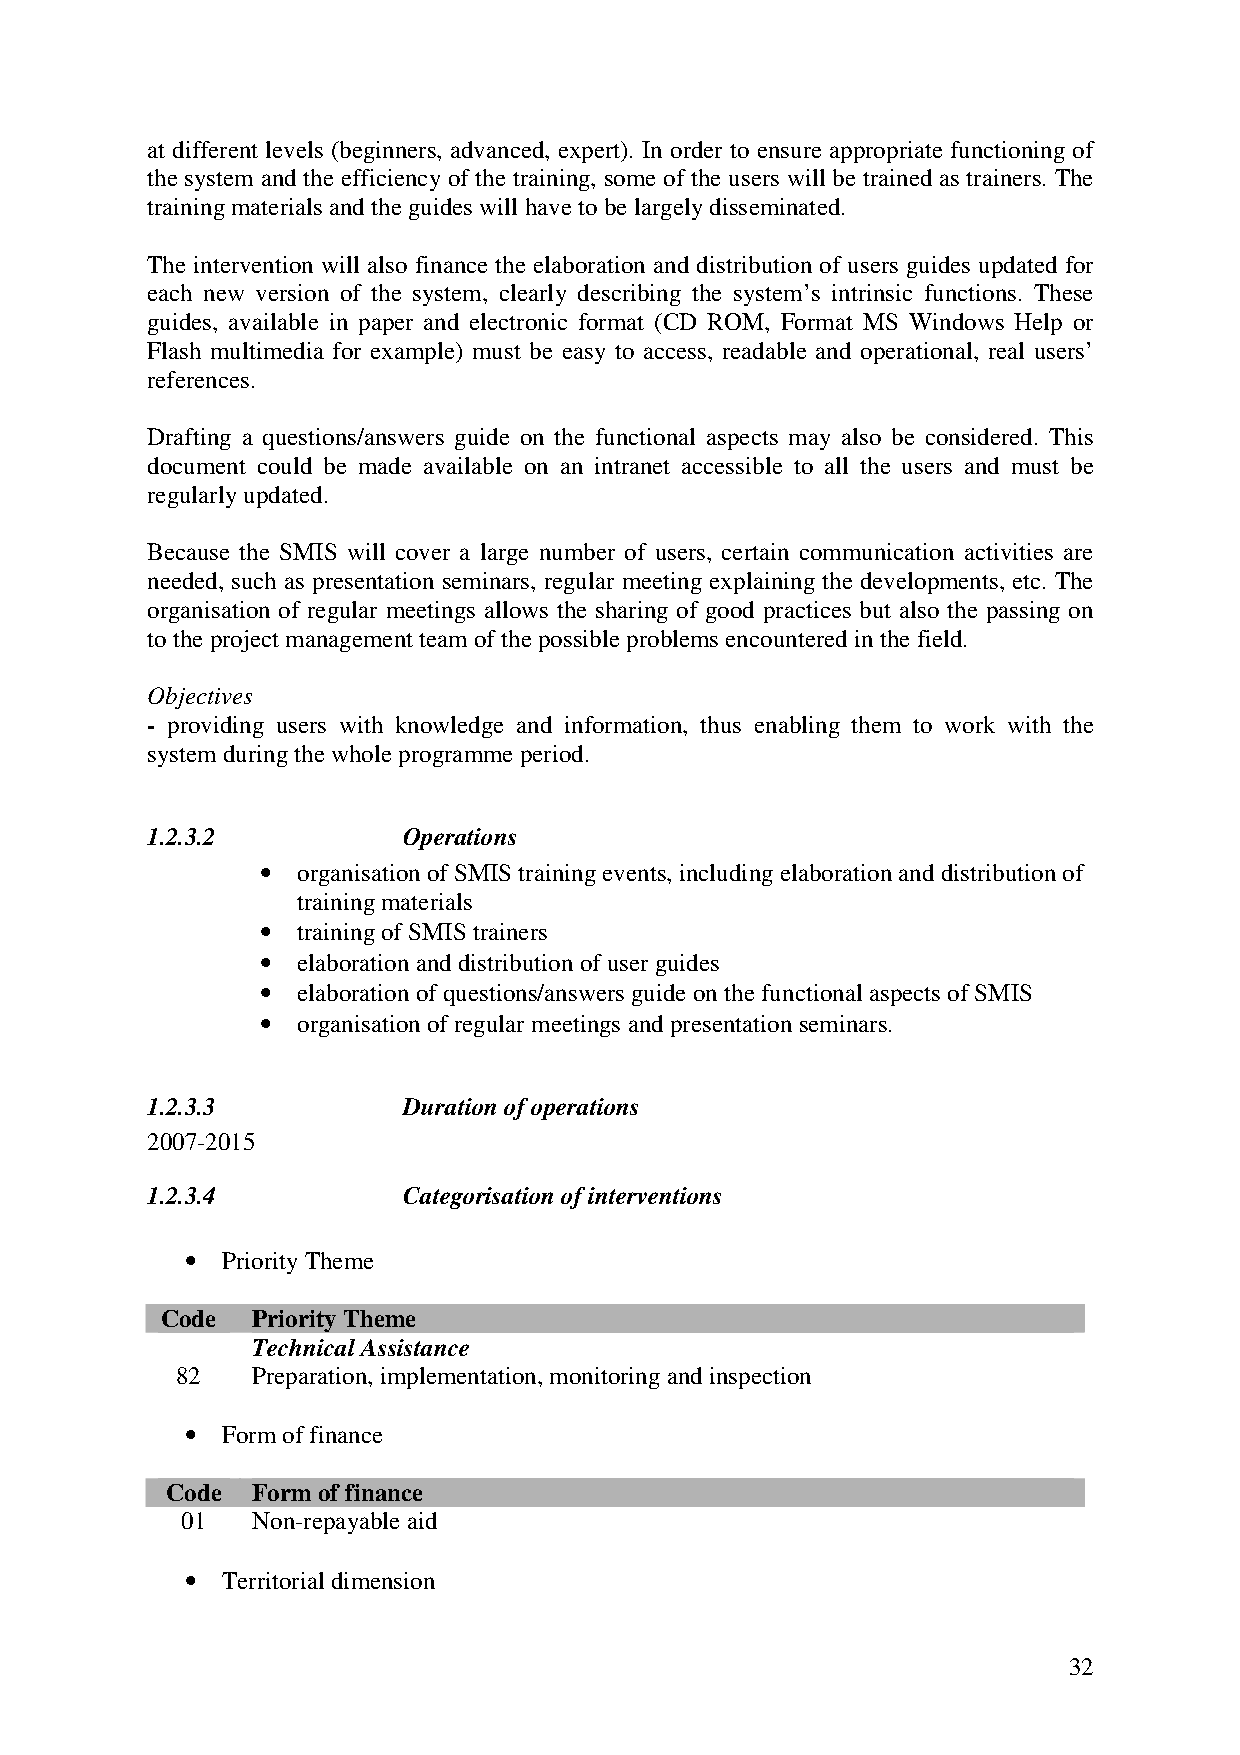
at different levels (beginners, advanced, expert). In order to ensure appropriate functioning of
 the system and the efficiency of the training, some of the users will be trained as trainers. The
 training materials and the guides will have to be largely disseminated.
 The intervention will also finance the elaboration and distribution of users guides updated for
 each new version of the system, clearly describing the system’s intrinsic functions. These
 guides, available in paper and electronic format (CD ROM, Format MS Windows Help or
 Flash multimedia for example) must be easy to access, readable and operational, real users’
 references.
 Drafting a questions/answers guide on the functional aspects may also be considered. This
 document could be made available on an intranet accessible to all the users and must be
 regularly updated.
 Because the SMIS will cover a large number of users, certain communication activities are
 needed, such as presentation seminars, regular meeting explaining the developments, etc. The
 organisation of regular meetings allows the sharing of good practices but also the passing on
 to the project management team of the possible problems encountered in the field.
 Objectives
 - providing users with knowledge and information, thus enabling them to work with the
 system during the whole programme period.
 1.2.3.2          Operations
 •  organisation of SMIS training events, including elaboration and distribution of
 training materials
 •  training of SMIS trainers
 •  elaboration and distribution of user guides
 •  elaboration of questions/answers guide on the functional aspects of SMIS
 •  organisation of regular meetings and presentation seminars.
 1.2.3.3          Duration of operations
 2007-2015
 1.2.3.4          Categorisation of interventions
 •  Priority Theme
 Code  Priority Theme
 Technical Assistance
 82   Preparation, implementation, monitoring and inspection
 •  Form of finance
 Code  Form of finance
 01   Non-repayable aid
 •  Territorial dimension
 32